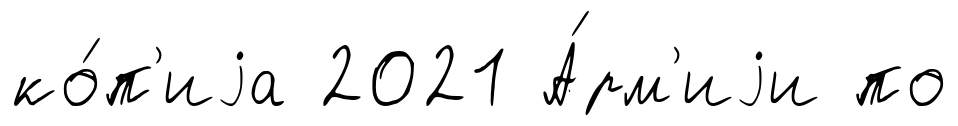
ко́п'иjа 2021 А́рм'иjи по